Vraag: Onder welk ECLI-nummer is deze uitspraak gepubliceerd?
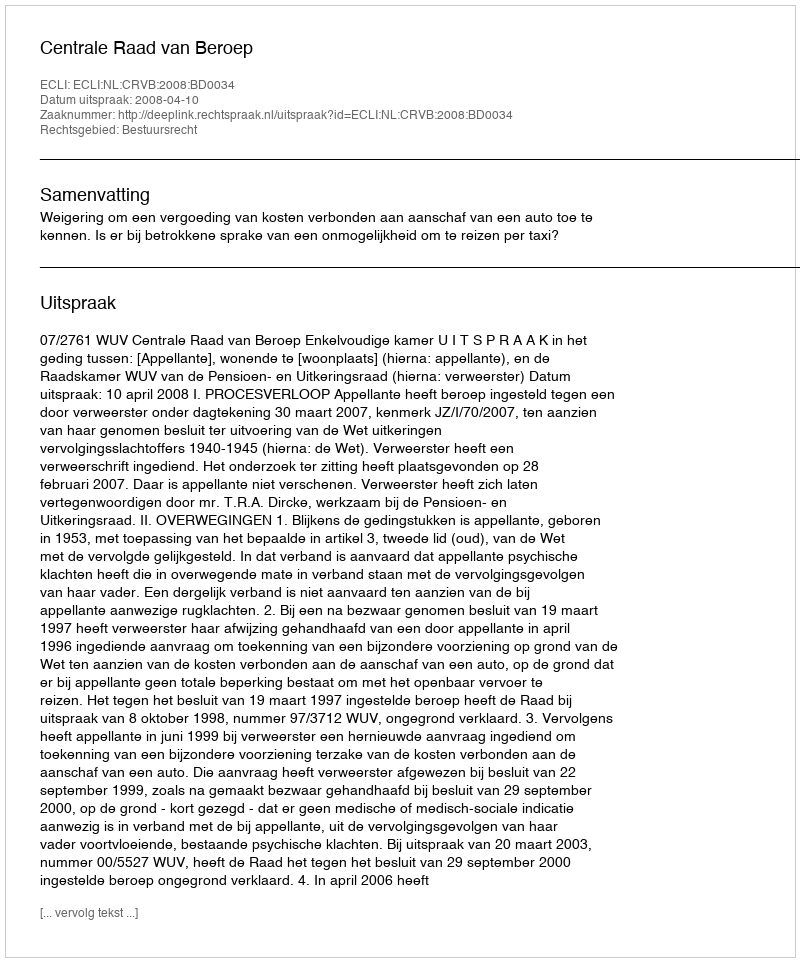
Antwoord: ECLI:NL:CRVB:2008:BD0034